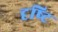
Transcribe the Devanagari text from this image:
दृष्‍टि